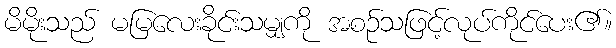
မိမိုးသည် မမြလေးခိုင်းသမျှကို အစဉ်သဖြင့်လုပ်ကိုင်ပေး၏။